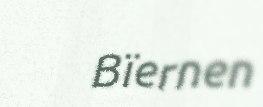
Bïernen